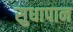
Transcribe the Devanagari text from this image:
सुधापान